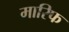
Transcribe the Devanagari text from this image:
मारिफ